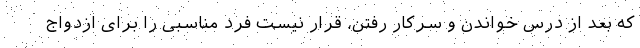
که بعد از درس خواندن و سرکار رفتن، قرار نیست فرد مناسبی را برای ازدواج